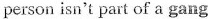
person isn't part of a gang